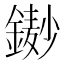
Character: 𨫺